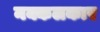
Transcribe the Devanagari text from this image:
नक्कलकार